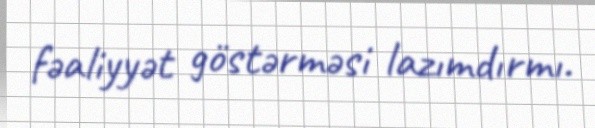
fəaliyyət göstərməsi lazımdırmı.